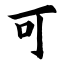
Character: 可